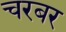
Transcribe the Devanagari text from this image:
चरबर